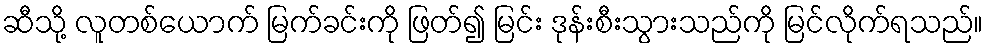
ဆီသို့ လူတစ်ယောက် မြက်ခင်းကို ဖြတ်၍ မြင်း ဒုန်းစီးသွားသည်ကို မြင်လိုက်ရသည်။